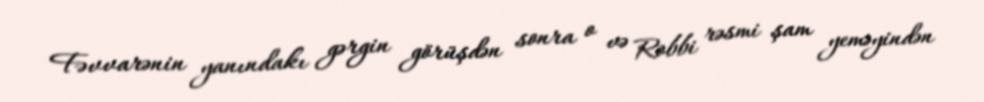
Fəvvarənin yanındakı gərgin görüşdən sonra o və Robbi rəsmi şam yeməyindən